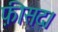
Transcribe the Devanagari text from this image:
फ़ीसद।